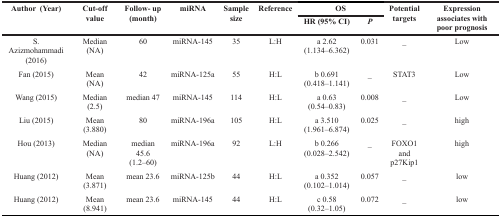
| <ROWSPAN=2> Author (Year) | <ROWSPAN=2> Cut-offvalue | <ROWSPAN=2> Follow- up(month) | <ROWSPAN=2> miRNA | <ROWSPAN=2> Sample size | <ROWSPAN=2> Reference | <COLSPAN=2> OS | <ROWSPAN=2> Potential targets | <ROWSPAN=2> Expression associates with poor prognosis |
 | HR (95% CI) | P |
 | --- | --- | --- | --- | --- | --- | --- | --- | --- | --- |
 | S. Azizmohammadi(2016) | Median(NA) | 60 | miRNA-145 | 35 | L:H | a 2.62(1.134–6.362) | 0.031 | _ | Low |
 | Fan (2015) | Mean(NA) | 42 | miRNA-125a | 55 | H:L | b 0.691(0.418–1.141) | _ | STAT3 | Low |
 | Wang (2015) | Median (2.5) | median 47 | miRNA-145 | 114 | H:L | a 0.63(0.54–0.83) | 0.008 | _ | Low |
 | Liu (2015) | Mean (3.880) | 80 | miRNA-196a | 105 | H:L | a 3.510(1.961–6.874) | 0.025 | _ | high |
 | Hou (2013) | Median(NA) | median 45.6(1.2–60) | miRNA-196a | 92 | L:H | b 0.266(0.028–2.542) | _ | FOXO1 and p27Kip1 | high |
 | Huang (2012) | Mean (3.871) | mean 23.6 | miRNA-125b | 44 | H:L | a 0.352(0.102–1.014) | 0.057 | _ | low |
 | Huang (2012) | Mean(8.941) | mean 23.6 | miRNA-145 | 44 | H:L | c 0.58(0.32–1.05) | 0.072 | _ | low |